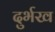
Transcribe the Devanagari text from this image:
दुर्भख